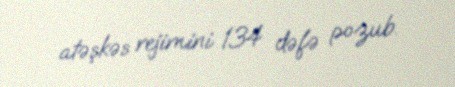
atəşkəs rejimini 134 dəfə pozub.